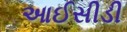
આઈસીડી